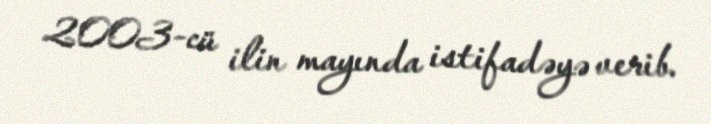
2003-cü ilin mayında istifadəyə verib.